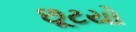
છૂટયો